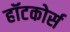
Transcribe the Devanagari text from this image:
हॉटकोर्स